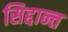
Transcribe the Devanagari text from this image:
सिद्दान्त